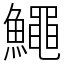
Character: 鱦